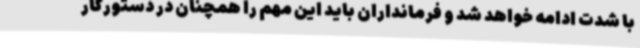
با شدت ادامه خواهد شد و فرمانداران باید این مهم را همچنان در دستورکار